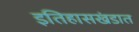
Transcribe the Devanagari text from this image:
इतिहासखंडात